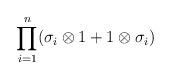
LaTeX: \begin{align*}\prod_{i=1}^n (\sigma_i \otimes 1 + 1 \otimes \sigma_i)\end{align*}